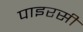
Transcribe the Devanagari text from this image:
पाइरसी